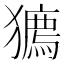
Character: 𤢒